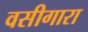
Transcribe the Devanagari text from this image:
वसीगारा